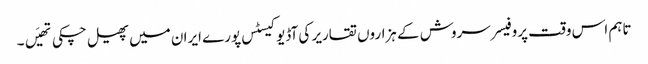
تاہم اس وقت پروفیسر سروش کے ہزاروں تقاریر کی آڈیو کیسٹس پورے ایران میں پھیل چکی تھیَں۔